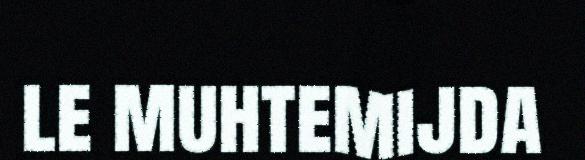
le muhtemijda